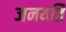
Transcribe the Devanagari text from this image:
जनयति